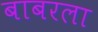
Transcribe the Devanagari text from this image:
बाबरला